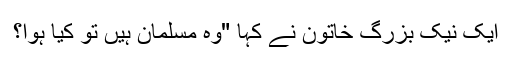
ایک نیک بزرگ خاتون نے کہا "وہ مسلمان ہیں تو کیا ہوا؟